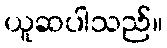
ယူဆပါသည်။